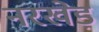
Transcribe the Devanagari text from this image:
नरखेड़